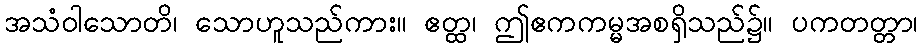
အသံဝါသောတိ၊ သောဟူသည်ကား။ ဧတ္ထ၊ ဤဧကကမ္မအစရှိသည်၌။ ပကတတ္တာ၊